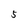
Character: 5